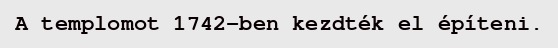
A templomot 1742-ben kezdték el építeni.